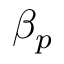
\beta _ { p }